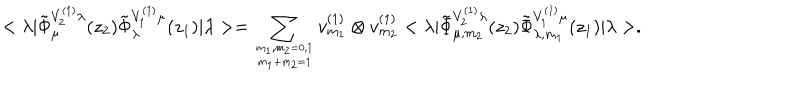
LaTeX: < \lambda | \tilde { \Phi } _ { \mu } ^ { V _ { 2 } ^ { ( 1 ) } \lambda } ( z _ { 2 } ) \tilde { \Phi } _ { \lambda } ^ { V _ { 1 } ^ { ( 1 ) } \mu } ( z _ { 1 } ) | \lambda > = \sum _ { m _ { 1 } , m _ { 2 } = 0 , 1 \atop m _ { 1 } + m _ { 2 } = 1 } v _ { m _ { 1 } } ^ { ( 1 ) } \otimes v _ { m _ { 2 } } ^ { ( 1 ) } < \lambda | \tilde { \Phi } _ { \mu , m _ { 2 } } ^ { V _ { 2 } ^ { ( 1 ) } \lambda } ( z _ { 2 } ) \tilde { \Phi } _ { \lambda , m _ { 1 } } ^ { V _ { 1 } ^ { ( 1 ) } \mu } ( z _ { 1 } ) | \lambda > .